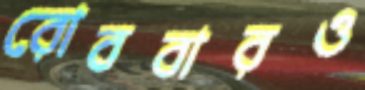
রোববারও